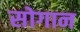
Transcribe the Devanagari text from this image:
सोगान